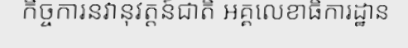
កិច្ចការនវានុវត្តន៍ជាតិ អគ្គលេខាធិការដ្ឋាន